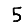
Digit: 5